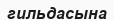
гильдасына